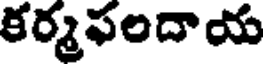
కర్మఫలదాయ